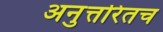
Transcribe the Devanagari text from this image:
अनुत्तरितच